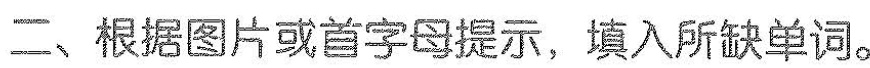
二、根据图片或首字母提示，,填入所缺单词。